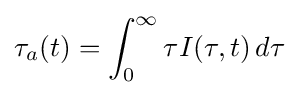
\tau _{a}(t)=\int _{0}^{\infty }\tau I(\tau ,t)\,d\tau